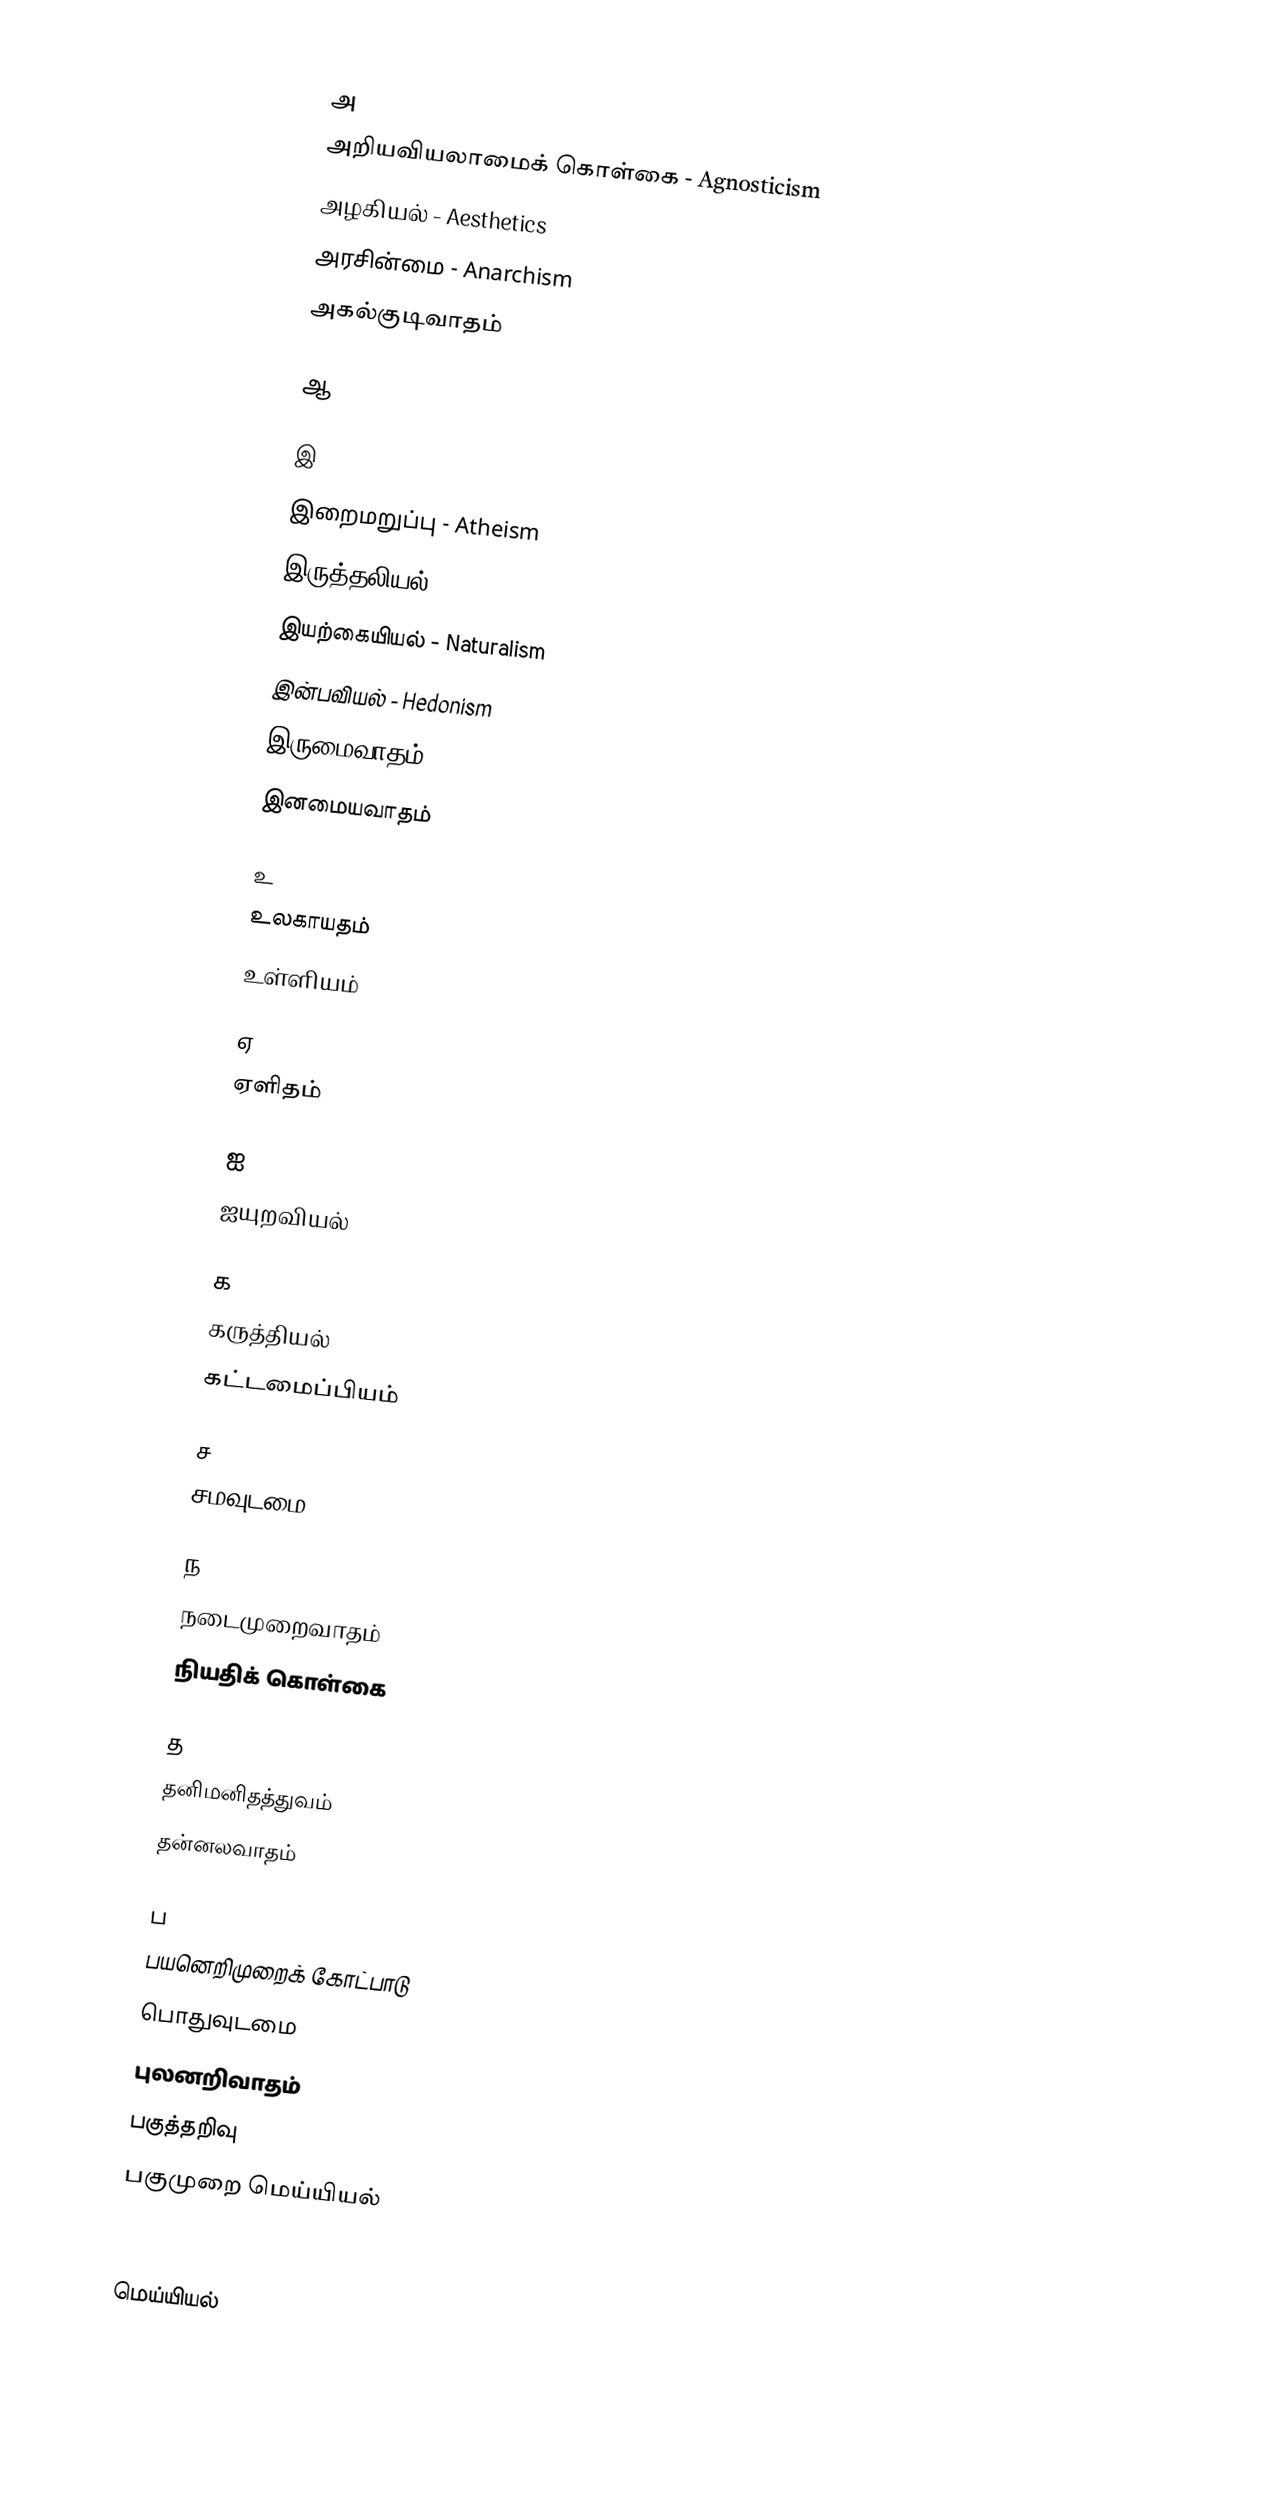

அ
 அறியவியலாமைக் கொள்கை - Agnosticism
 அழகியல் - Aesthetics
 அரசின்மை - Anarchism
 அகல்குடிவாதம்

ஆ

இ
 இறைமறுப்பு - Atheism
 இருத்தலியல்
 இயற்கையியல் - Naturalism
 இன்பவியல் - Hedonism
 இருமைவாதம்
 இனமையவாதம்

உ
 உலகாயதம்
 உள்ளியம்

ஏ
 ஏளிதம்

ஐ
 ஐயுறவியல்

க
 கருத்தியல்
 கட்டமைப்பியம்

ச
 சமவுடமை

ந
 நடைமுறைவாதம்
 நியதிக் கொள்கை

த
 தனிமனிதத்துவம்
 தன்னலவாதம்

ப
 பயனெறிமுறைக் கோட்பாடு
 பொதுவுடமை
 புலனறிவாதம்
 பகுத்தறிவு
 பகுமுறை மெய்யியல்

மெய்யியல்